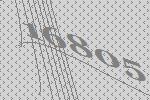
16805